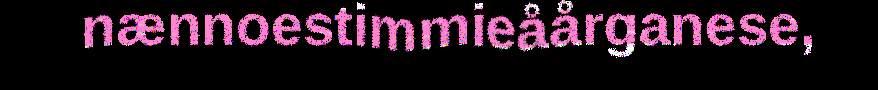
nænnoestimmieåårganese,